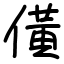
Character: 僙